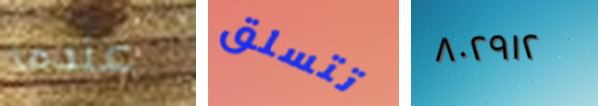
عندما تتسلق ٨٠٢٩١٢